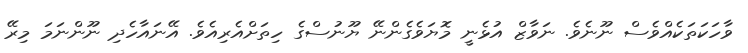
ވާހަކަތަކެއްވެސް ނޫނެވެ. ނަވާޒް އުޅެނީ މޮޔަވެގެންނޭ ޔޫނުސްގެ ހިތަށްއެރިއެވެ. އޭނައާހެދި ނޫންނަމަ މިރޭ